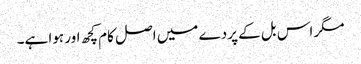
مگر اس بل کے پردے میں اصل کام کچھ اور ہوا ہے۔